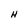
Character: H